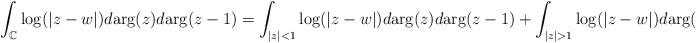
LaTeX: \begin{align*}\int_\mathbb C\log(|z-w|)d\mathrm{arg}(z)d\mathrm{arg}(z-1)=\int_{|z|< 1}\log(|z-w|)d\mathrm{arg}(z)d\mathrm{arg}(z-1)+\int_{|z|> 1}\log(|z-w|)d\mathrm{arg}(z)d\mathrm{arg}(z-1).\end{align*}